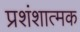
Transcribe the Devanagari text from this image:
प्रशंशात्मक